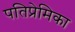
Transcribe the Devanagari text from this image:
पतिप्रेमिका